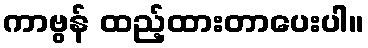
ကာဗွန် ထည့်ထားတာပေးပါ။